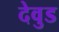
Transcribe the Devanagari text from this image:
देवुड